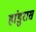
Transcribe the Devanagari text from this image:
हांडुरास